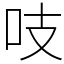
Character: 吱